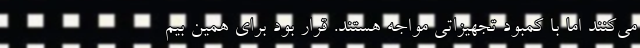
می‌کنند اما با کمبود تجهیزاتی مواجه هستند. قرار بود برای همین بیم